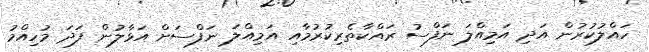
ހައްލުކުރުން އަދި އަމިއްލަ ނަފްސު ރައްކާތެރިކުރުމާއި އަމިއްލަ ނަފްސަށް އަޅާލުން ފަދަ މުހިއްމު